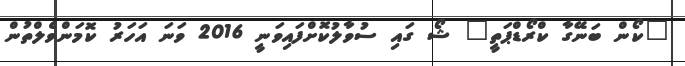
"ކޯން ބަނޭގާ ކްރޯޑްޕަތީ" ޝޯ ގައި ސުވާލުކޮށްފައިވަނީ 2016 ވަނަ އަހަރު ކޮމަންވެލްތުން